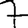
Digit: 7